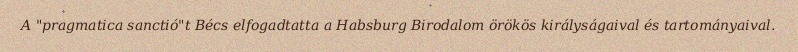
A "pragmatica sanctió"t Bécs elfogadtatta a Habsburg Birodalom örökös királyságaival és tartományaival.